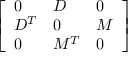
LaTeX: \left[ \begin{array} { l l l } { { 0 } } & { { D } } & { { 0 } } \\ { { D ^ { T } } } & { { 0 } } & { { M } } \\ { { 0 } } & { { M ^ { T } } } & { { 0 } } \end{array} \right]